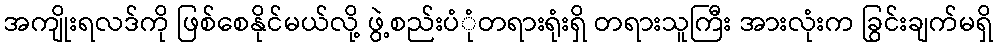
အကျိုးရလဒ်ကို ဖြစ်စေနိုင်မယ်လို့ ဖွဲ့စည်းပံုံတရားရုံးရှိ တရားသူကြီး အားလုံးက ခြွင်းချက်မရှိ